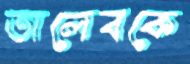
তালেবকে